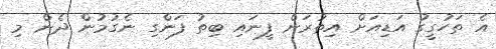
އެ ތަހުގީގު އަޑިއަށް އިތުރަށް ފީނައި ބިތު ފަންގި ނެގުމުން ދެން މި